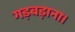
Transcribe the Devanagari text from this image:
गड़बड़ाना।